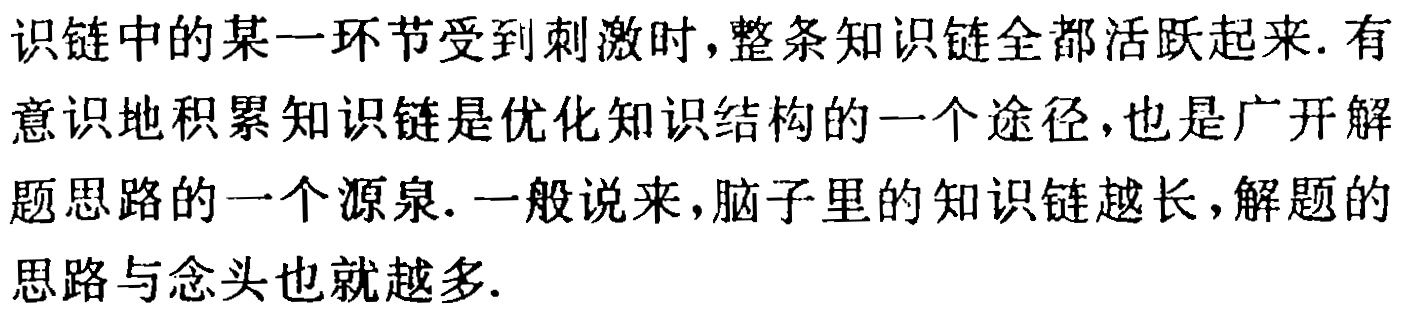
识链中的某一环节受到刺激时,整条知识链全都活跃起来. 有意识地积累知识链是优化知识结构的一个途径,也是广开解题思路的一个源泉. 一般说来,脑子里的知识链越长,解题的思路与念头也就越多.